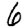
Digit: 6